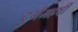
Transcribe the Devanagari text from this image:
दुर्गमहर्षी